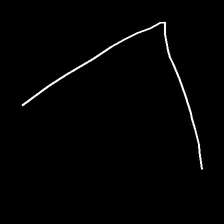
Glyph: region